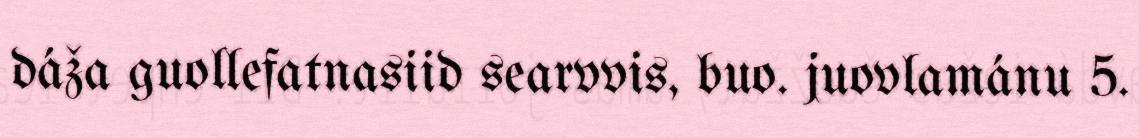
dáža guollefatnasiid searvvis, buo. juovlamánu 5.